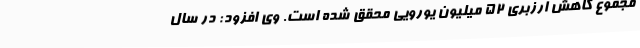
مجموع کاهش ارزبری 52 میلیون یورویی محقق شده است. وی افزود: در سال